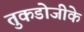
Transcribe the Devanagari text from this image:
तुकडोजीके